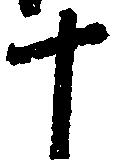
十